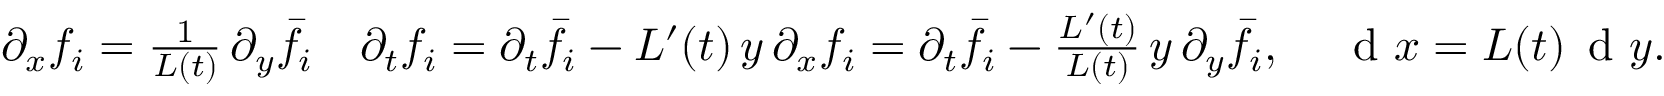
\begin{array} { r } { \partial _ { x } f _ { i } = \frac { 1 } { L ( t ) } \, \partial _ { y } \bar { f } _ { i } \quad \partial _ { t } f _ { i } = \partial _ { t } \bar { f } _ { i } - L ^ { \prime } ( t ) \, y \, \partial _ { x } f _ { i } = \partial _ { t } \bar { f } _ { i } - \frac { L ^ { \prime } ( t ) } { L ( t ) } \, y \, \partial _ { y } \bar { f } _ { i } , \quad \, \textup { d } x = L ( t ) \, \textup { d } y . } \end{array}